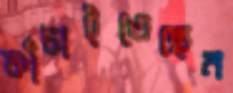
কাঁচাইতেছেন